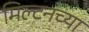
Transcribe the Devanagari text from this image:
मिल्टनच्या